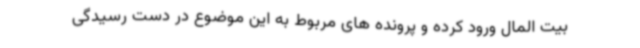
بیت المال ورود کرده و پرونده های مربوط به این موضوع در دست رسیدگی